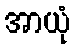
အာယုံ